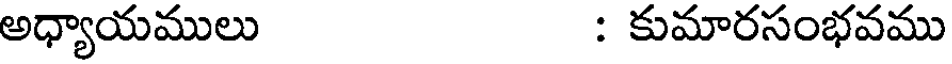
అధ్యాయములు : కుమారసంభవము